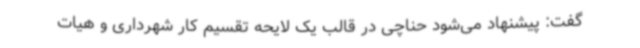
گفت: پیشنهاد می‌شود حناچی در قالب یک لایحه تقسیم کار شهرداری و هیات